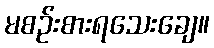
မစဉ်းစားရသေးချေ။